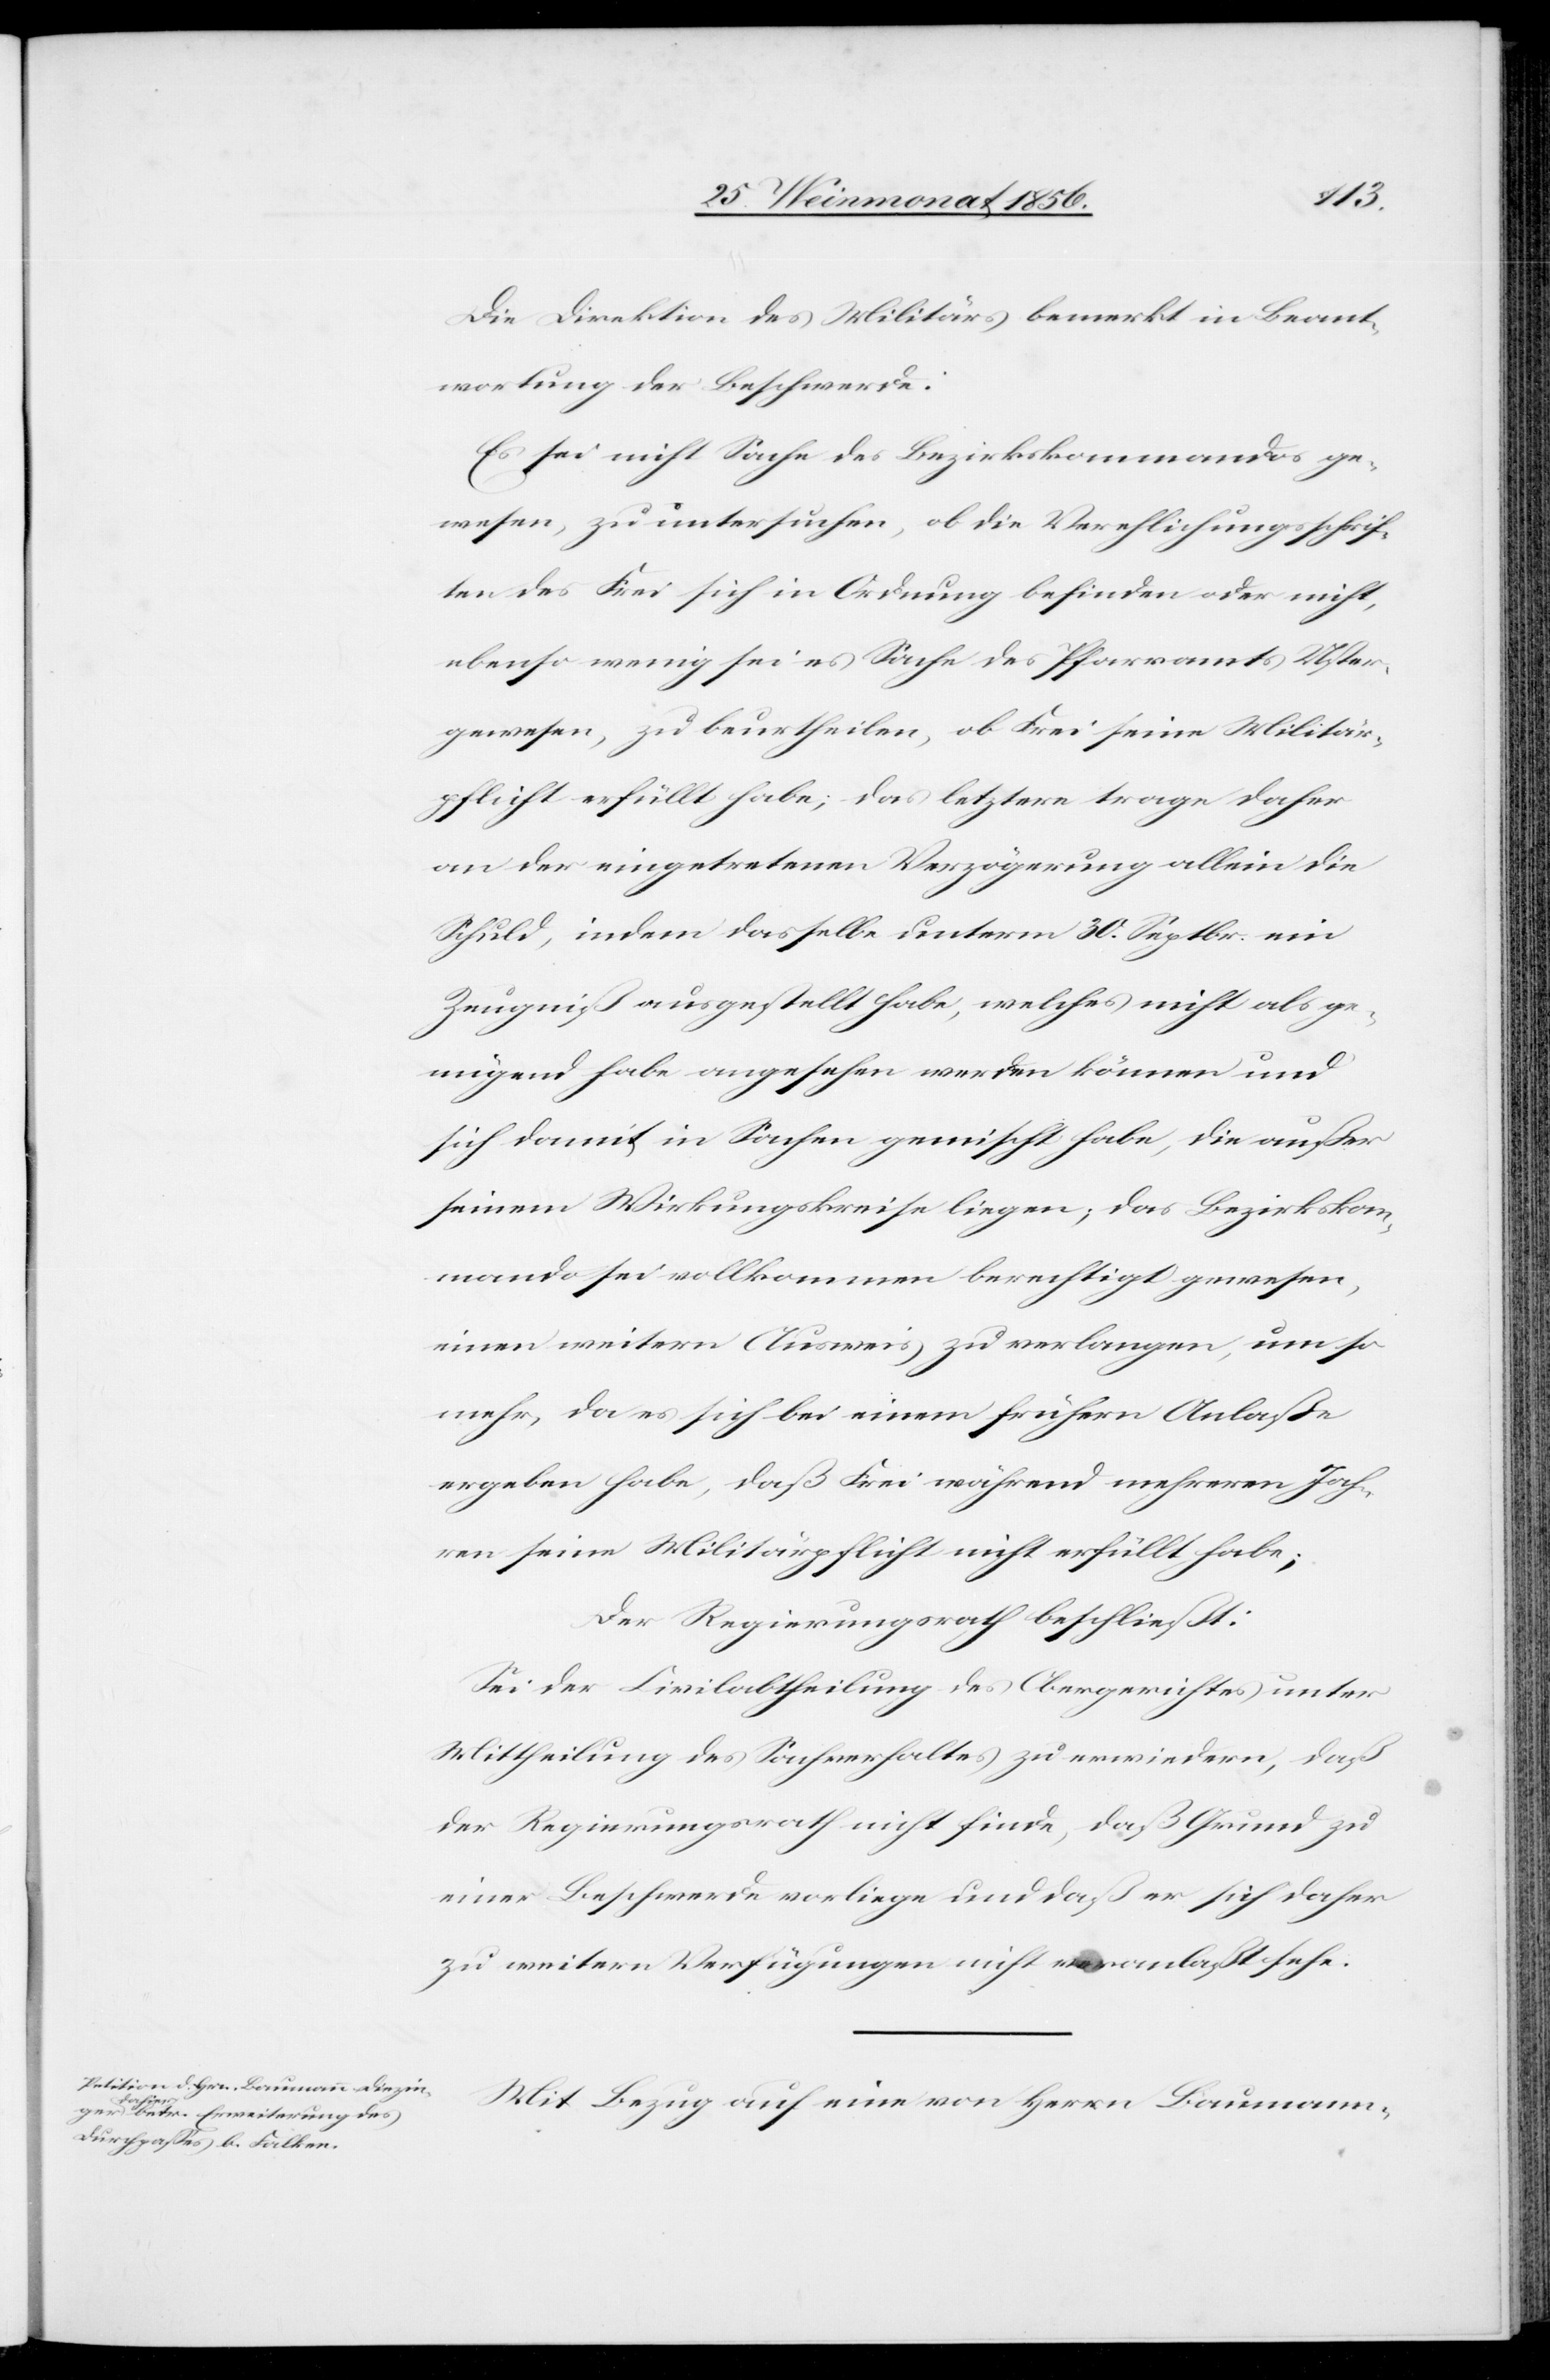
Die Direktion des Militärs bemerkt in Beant¬
wortung der Beschwerde:
Es sei nicht Sache des Bezirkskommandos ge¬
wesen, zu untersuchen, ob die Verehlichungsschrif¬
ten des Frei sich in Ordnung befinden oder nicht,
ebenso wenig sei es Sache des Pfarramts Uster
gewesen, zu beurtheilen, ob Frei seine Militär¬
pflicht erfüllt habe; das letztere trage daher
an der eingetretenen Verzögerung allein die
Schuld, indem dasselbe unterm 30. Septbr. ein
Zeugniß ausgestellt habe, welches nicht als ge¬
nügend habe angesehen werden können und
sich damit in Sachen gemischt habe, die außer
seinem Wirkungskreise liegen; das Bezirkskom¬
mando sei vollkommen berechtigt gewesen,
einen weitern Ausweis zu verlangen, um so
mehr, da es sich bei einem frühern Anlaße
ergeben habe, daß Frei während mehreren Jah¬
ren seine Militärpflicht nicht erfüllt habe;
Der Regierungsrath beschließt:
Sei der Civilabtheilung des Obergerichtes unter
Mittheilung des Sachverhaltes zu erwiedern, daß
der Regierungsrath nicht finde, daß Grund zu
einer Beschwerde vorliege und daß er sich daher
zu weitern Verfügungen nicht veranlaßt sehe.
Mit Bezug auf eine von Herrn Baumann-